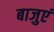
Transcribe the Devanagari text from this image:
बाजुएं